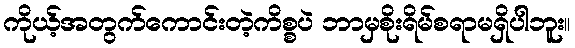
ကိုယ့်အတွက်ကောင်းတဲ့ကိစ္စပဲ ဘာမှစိုးရိမ်စရာမရှိပါဘူး။